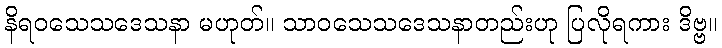
နိရဝသေသဒေသနာ မဟုတ်။ သာဝသေသဒေသနာတည်းဟု ပြလိုရကား ဒိဗ္ဗ။